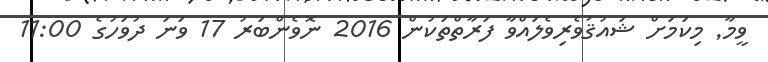
ވީމާ